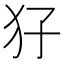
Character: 𤜭